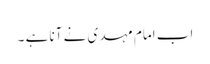
اب امام مہدی نے آنا ہے ۔